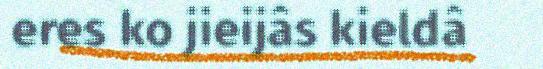
eres ko jieijâs kieldâ